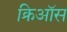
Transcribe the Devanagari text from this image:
क्रिऑस